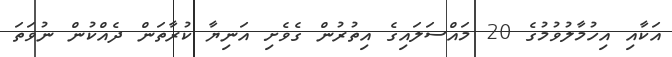
އަކާއި އިހުމާލުވުމުގެ 20 މައްސަލައިގެ އިތުރުން ގެވެށި އަނިޔާ ކުރާތަން ދެއްކުން ނުވަތަ